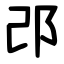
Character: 邔